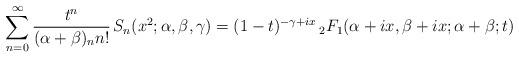
LaTeX: \begin{align*}\sum_{n=0}^{\infty}\frac{t^{n}}{(\alpha+\beta)_{n}n!}\, S_{n}(x^{2};\alpha,\beta,\gamma)=(1-t)^{-\gamma+ix}\,_{2}F_{1}(\alpha+ix,\beta+ix;\alpha+\beta;t)\end{align*}